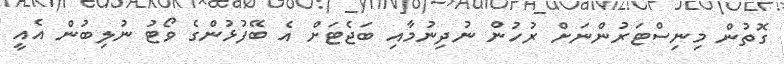
ގޮތުން މިނިސްޓަރުންނަށް ރުހުން ނުދިނުމާއި ބަޖެޓަށް އެ ބޭފުޅުންގެ ވޯޓު ނުލިބުން އެއީ